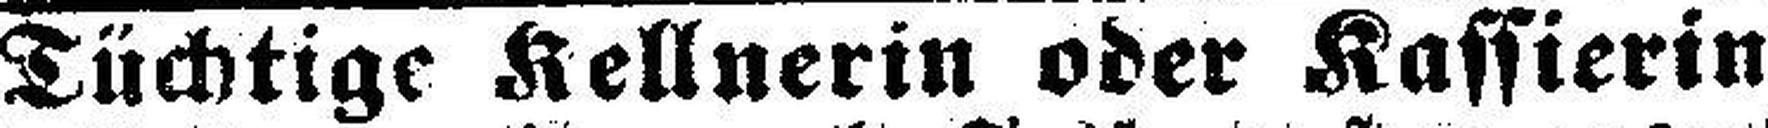
Tüchtige Kellnerin oder Kassierin